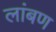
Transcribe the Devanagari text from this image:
लांबण